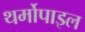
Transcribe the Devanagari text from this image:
थर्मोपाइल